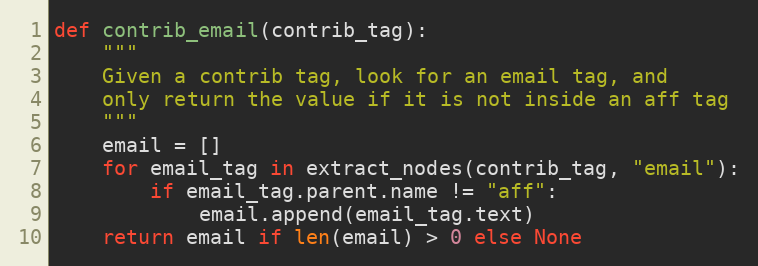
Language: Python
def contrib_email(contrib_tag):
    """
    Given a contrib tag, look for an email tag, and
    only return the value if it is not inside an aff tag
    """
    email = []
    for email_tag in extract_nodes(contrib_tag, "email"):
        if email_tag.parent.name != "aff":
            email.append(email_tag.text)
    return email if len(email) > 0 else None